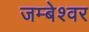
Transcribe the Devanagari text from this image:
जम्बेश्वर